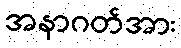
အနာဂတ်အား